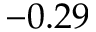
- 0 . 2 9